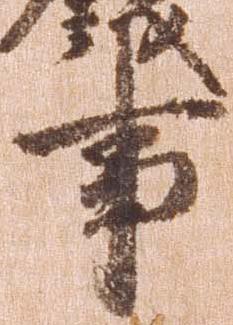
事